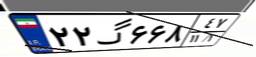
۲۲گ۶۶۸۴۷